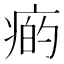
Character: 𤷭